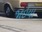
જાઇયા